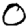
Digit: 0